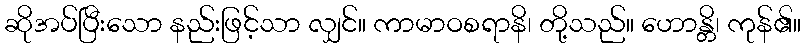
ဆိုအပ်ပြီးသော နည်းဖြင့်သာ လျှင်။ ကာမာဝစရာနိ၊ တို့သည်။ ဟောန္တိ၊ ကုန်၏။